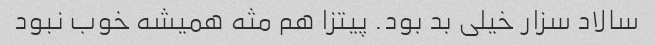
سالاد سزار خیلی بد بود. پیتزا هم مثه همیشه خوب نبود